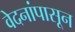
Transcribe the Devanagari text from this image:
वेदनांपासून